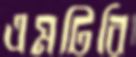
এমটিবি